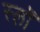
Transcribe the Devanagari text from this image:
स्लोँ